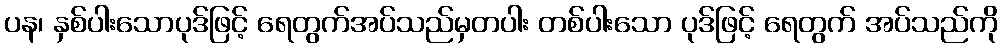
ပန၊ နှစ်ပါးသောပုဒ်ဖြင့် ရေတွက်အပ်သည်မှတပါး တစ်ပါးသော ပုဒ်ဖြင့် ရေတွက် အပ်သည်ကို